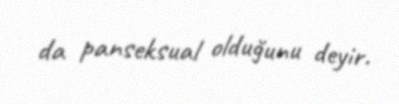
da panseksual olduğunu deyir.